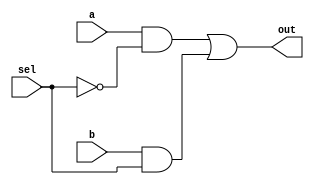
module mux2_1a(out,a,b,sel);
output out;
input a,b,sel;
not (sel_,sel);
and (a1,a,sel_),
    (a2,b,sel);
or  (out,a1,a2);
endmodule